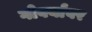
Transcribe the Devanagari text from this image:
गोवर्यांवर